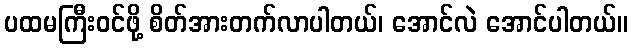
ပထမကြီးဝင်ဖို့ စိတ်အားတက်လာပါတယ်၊ အောင်လဲ အောင်ပါတယ်။